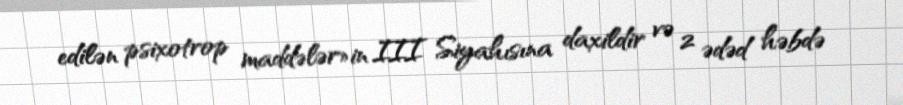
edilən psixotrop maddələr»in III Siyahısına daxildir və 2 ədəd həbdə